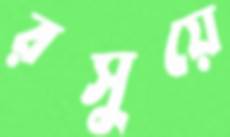
রসুয়ে